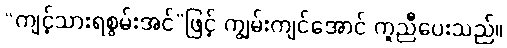
“ကျင့်သားရစွမ်းအင်”ဖြင့် ကျွမ်းကျင်အောင် ကူညီပေးသည်။